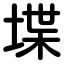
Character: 堞